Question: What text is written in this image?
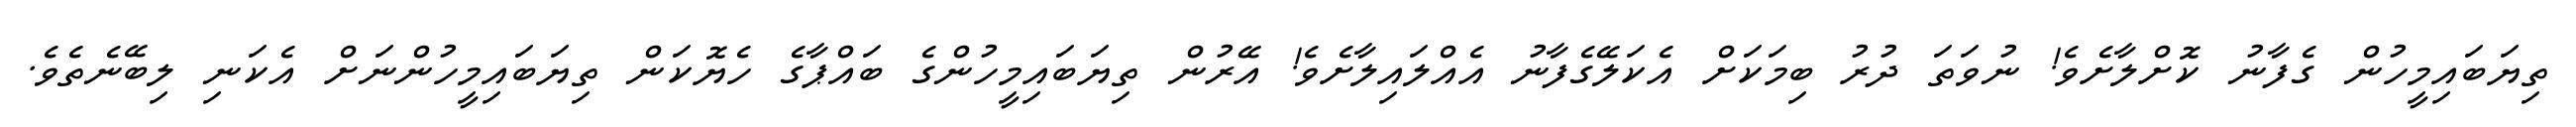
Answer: ތިޔަބައިމީހުން ގެފާނު ކޮށްލާށެވެ! ނުވަތަ ދުރު ބިމަކަށް އެކަލޭގެފާނު އެއްލައިލާށެވެ! އޭރުން ތިޔަބައިމީހުންގެ ބައްޕާގެ ހެޔޮކަން ތިޔަބައިމީހުންނަށް އެކަނި ލިބޭނެތެވެ.